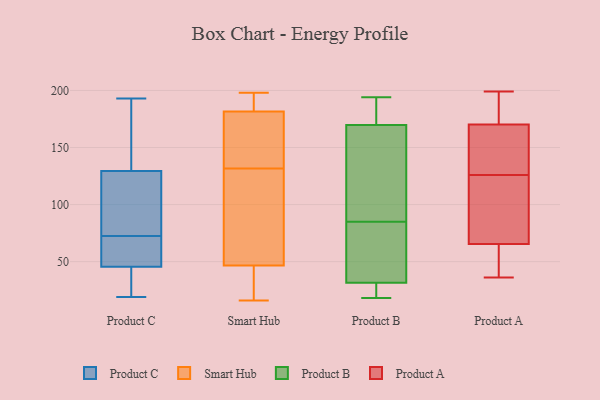
{"axis": {"x": "LTV (USD)", "y": "Value"}, "legend": ["Product A", "Product B", "Product C", "Smart Hub"], "data": [{"x": "", "y": 65, "type": "Product C"}, {"x": "", "y": 161, "type": "Product C"}, {"x": "", "y": 28, "type": "Product C"}, {"x": "", "y": 70, "type": "Product C"}, {"x": "", "y": 192, "type": "Product C"}, {"x": "", "y": 125, "type": "Product C"}, {"x": "", "y": 50, "type": "Product C"}, {"x": "", "y": 124, "type": "Product C"}, {"x": "", "y": 193, "type": "Product C"}, {"x": "", "y": 80, "type": "Product C"}, {"x": "", "y": 134, "type": "Product C"}, {"x": "", "y": 42, "type": "Product C"}, {"x": "", "y": 19, "type": "Product C"}, {"x": "", "y": 47, "type": "Product C"}, {"x": "", "y": 44, "type": "Product C"}, {"x": "", "y": 75, "type": "Product C"}, {"x": "", "y": 164, "type": "Smart Hub"}, {"x": "", "y": 18, "type": "Smart Hub"}, {"x": "", "y": 152, "type": "Smart Hub"}, {"x": "", "y": 198, "type": "Smart Hub"}, {"x": "", "y": 179, "type": "Smart Hub"}, {"x": "", "y": 48, "type": "Smart Hub"}, {"x": "", "y": 71, "type": "Smart Hub"}, {"x": "", "y": 41, "type": "Smart Hub"}, {"x": "", "y": 16, "type": "Smart Hub"}, {"x": "", "y": 111, "type": "Smart Hub"}, {"x": "", "y": 63, "type": "Smart Hub"}, {"x": "", "y": 186, "type": "Smart Hub"}, {"x": "", "y": 174, "type": "Smart Hub"}, {"x": "", "y": 185, "type": "Smart Hub"}, {"x": "", "y": 45, "type": "Smart Hub"}, {"x": "", "y": 184, "type": "Smart Hub"}, {"x": "", "y": 18, "type": "Product B"}, {"x": "", "y": 181, "type": "Product B"}, {"x": "", "y": 19, "type": "Product B"}, {"x": "", "y": 152, "type": "Product B"}, {"x": "", "y": 117, "type": "Product B"}, {"x": "", "y": 85, "type": "Product B"}, {"x": "", "y": 194, "type": "Product B"}, {"x": "", "y": 166, "type": "Product B"}, {"x": "", "y": 21, "type": "Product B"}, {"x": "", "y": 57, "type": "Product B"}, {"x": "", "y": 41, "type": "Product B"}, {"x": "", "y": 35, "type": "Product B"}, {"x": "", "y": 141, "type": "Product B"}, {"x": "", "y": 193, "type": "Product B"}, {"x": "", "y": 75, "type": "Product B"}, {"x": "", "y": 193, "type": "Product B"}, {"x": "", "y": 19, "type": "Product B"}, {"x": "", "y": 64, "type": "Product A"}, {"x": "", "y": 199, "type": "Product A"}, {"x": "", "y": 36, "type": "Product A"}, {"x": "", "y": 190, "type": "Product A"}, {"x": "", "y": 154, "type": "Product A"}, {"x": "", "y": 186, "type": "Product A"}, {"x": "", "y": 47, "type": "Product A"}, {"x": "", "y": 126, "type": "Product A"}, {"x": "", "y": 96, "type": "Product A"}, {"x": "", "y": 134, "type": "Product A"}, {"x": "", "y": 60, "type": "Product A"}, {"x": "", "y": 82, "type": "Product A"}, {"x": "", "y": 171, "type": "Product A"}, {"x": "", "y": 70, "type": "Product A"}, {"x": "", "y": 74, "type": "Product A"}, {"x": "", "y": 168, "type": "Product A"}, {"x": "", "y": 175, "type": "Product A"}, {"x": "", "y": 52, "type": "Product A"}, {"x": "", "y": 128, "type": "Product A"}]}